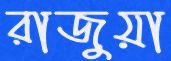
রাজুয়া